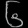
Digit: ၆